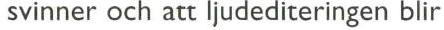
svinner och att ljudediteringen blir